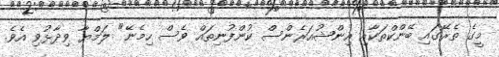
މީގެ ތެރޭގައި ބޭންކްތަކާއި އިންޝުއަރެންސް ކުންފުނިތައް ވެސް ހިމެނޭ" ލަމްޔާ ވިދާޅުވި އެވެ.